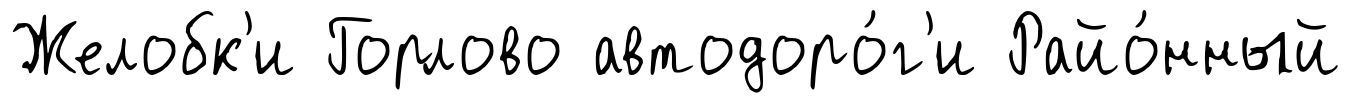
Желобк'и Горлово автодоро́г'и Райо́нный